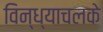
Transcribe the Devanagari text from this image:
विन्ध्याचलके